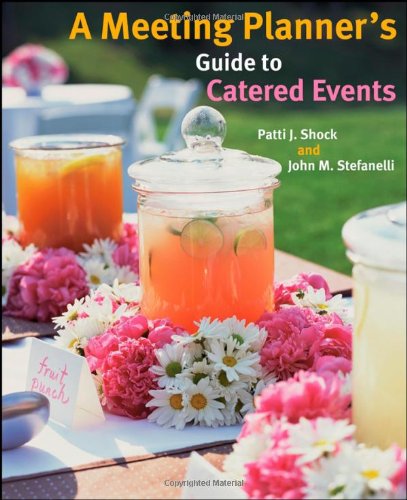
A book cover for A Meeting Planner's Guide to Catered Events; Patti J. Shock; Cookbooks, Food & Wine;